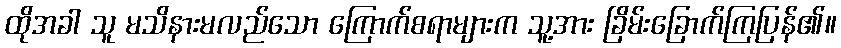
ထိုအခါ သူ မသိနားမလည်သော ကြောက်စရာများက သူ့အား ခြိမ်းခြောက်ကြပြန်၏။